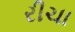
રીચા